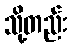
သို့တည်း